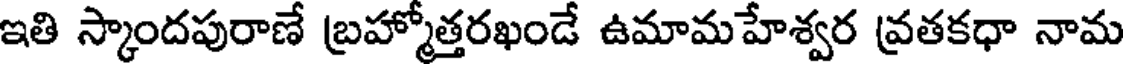
ఇతి స్కాందపురాణే బ్రహ్మోత్తరఖండే ఉమామహేశ్వర వ్రతకధా నామ